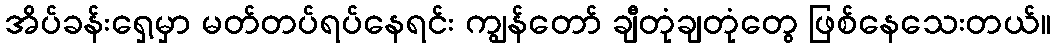
အိပ်ခန်းရှေ့မှာ မတ်တပ်ရပ်နေရင်း ကျွန်တော် ချီတုံချတုံတွေ ဖြစ်နေသေးတယ်။